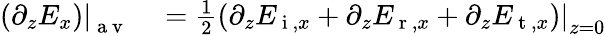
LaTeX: \begin{array}{rl}{\left.\left(\partial_{z}E_{x}\right)\right|_{\mathrm{~a~v~}}}&{{}=\frac{1}{2}\left.\left(\partial_{z}E_{\mathrm{~i~},x}+\partial_{z}E_{\mathrm{~r~},x}+\partial_{z}E_{\mathrm{~t~},x}\right)\right|_{z=0}}\end{array}